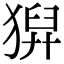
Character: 𤠈